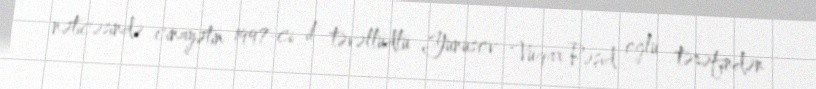
nəticəsində cinayətin 1997-ci il təvəllüdlü Yunusov Vüqar Rəşid oğlu tərəfindən